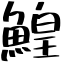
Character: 鰉